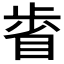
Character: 𣦉